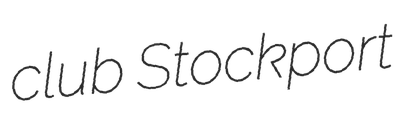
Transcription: club Stockport